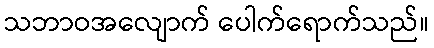
သဘာဝအလျောက် ပေါက်ရောက်သည်။